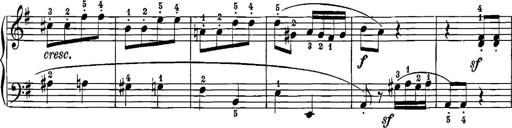
Title: 12 Sonatinas
Composer: Ignaz Pleyel